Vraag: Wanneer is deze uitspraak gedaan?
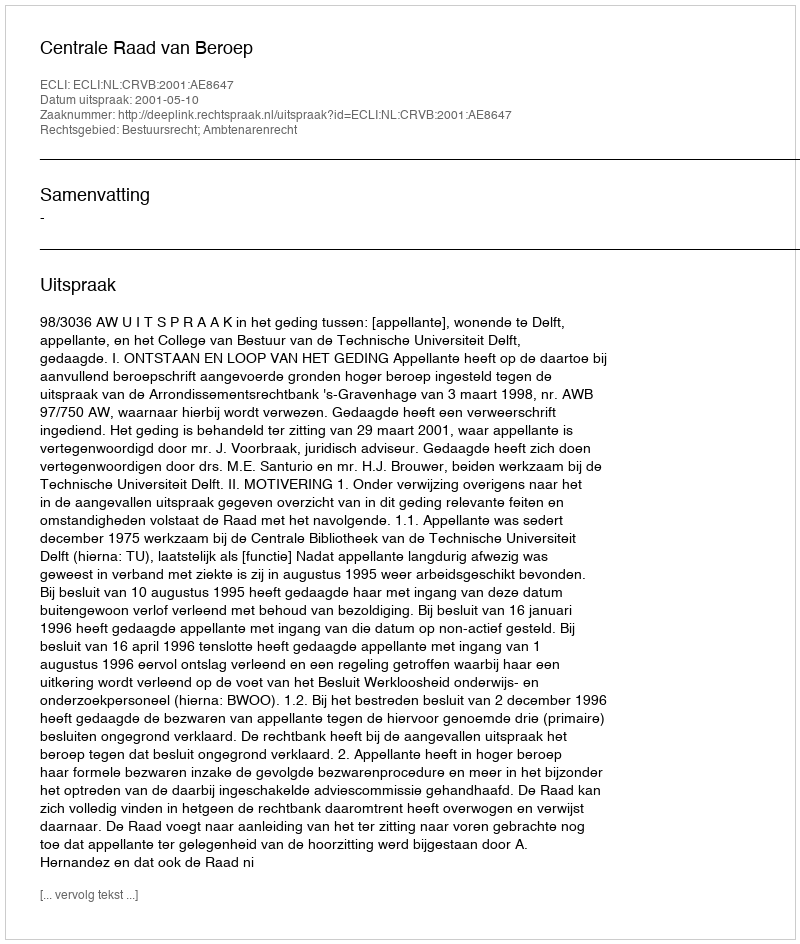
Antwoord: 2001-05-10